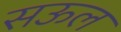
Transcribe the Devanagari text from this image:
सऊल